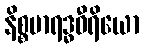
နိစ္စမာရဒ္ဓဝီရိယော